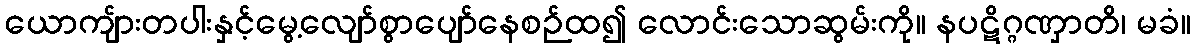
ယောကျ်ားတပါးနှင့်မွေ့လျော်စွာပျော်နေစဉ်ထ၍ လောင်းသောဆွမ်းကို။ နပဋိဂ္ဂဏှာတိ၊ မခံ။